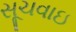
સૂચવાઇ